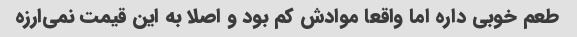
طعم خوبی داره اما واقعا موادش کم بود و اصلا به این قیمت نمی‌ارزه